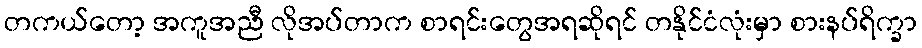
တကယ်တော့ အကူအညီ လိုအပ်တာက စာရင်းတွေအရဆိုရင် တနိုင်ငံလုံးမှာ စားနပ်ရိက္ခာ